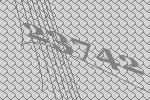
23742